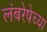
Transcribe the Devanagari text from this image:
लंबरेषेच्या